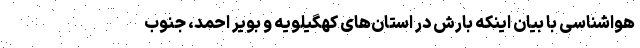
هواشناسی با بیان اینکه بارش در استان‌های کهگیلویه و بویر احمد، جنوب